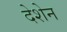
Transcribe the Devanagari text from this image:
देशेन